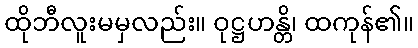
ထိုဘီလူးမမှလည်း။ ဝုဋ္ဌဟန္တိ၊ ထကုန်၏။